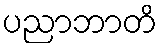
ပညာဘာတိ